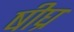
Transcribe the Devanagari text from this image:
षीघ्र